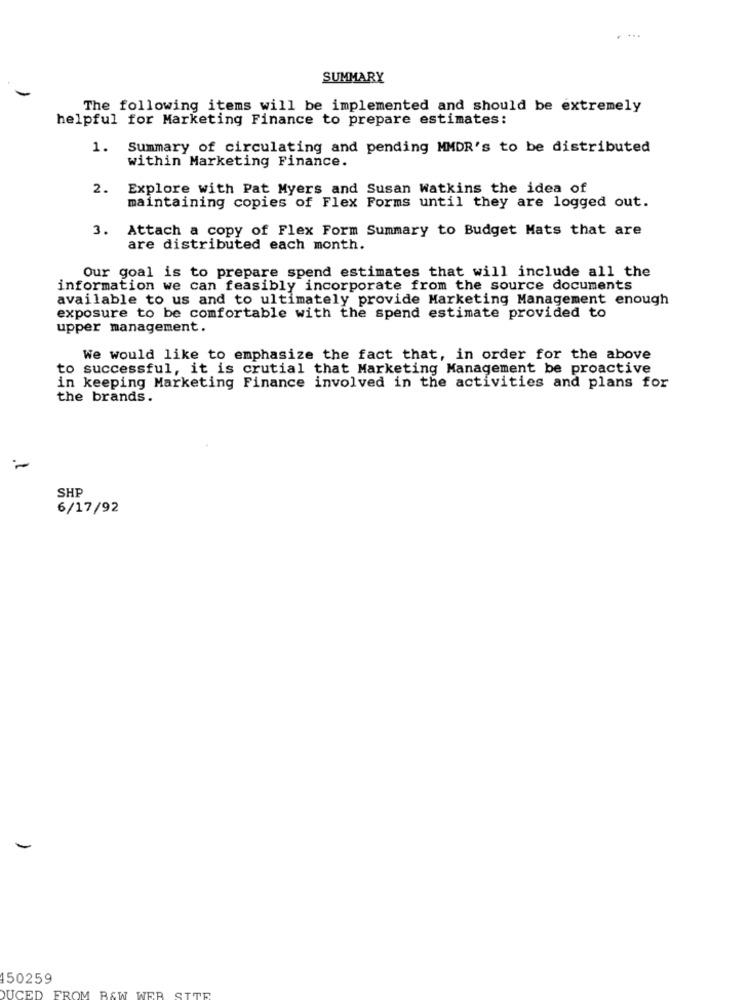
SUMMARY
The following items will be implemented and should be extremely
helpful for Marketing Finance to prepare estimates:
1. Summary of circulating and pending MMDR's to be distributed
within Marketing Finance.
2.
Explore with Pat Myers and Susan Watkins the idea of
maintaining copies of Flex Forms until they are logged out.
3. Attach a copy of Flex Form Summary to Budget Mats that are
are distributed each month.
Our goal is to prepare spend estimates that will include all the
information we can feasibly incorporate from the source documents
available to us and to ultimately provide Marketing Management enough
exposure to be comfortable with the spend estimate provided to
upper management.
We would like to emphasize the fact that, in order for the above
to successful, it is crutial that Marketing Management be proactive
in keeping Marketing Finance involved in the activities and plans for
the brands.
SHP
6/17/92
-
150259
DUCED
FROM RAW WER
SITE